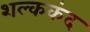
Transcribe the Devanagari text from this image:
शल्ककंद